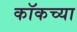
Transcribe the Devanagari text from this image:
कॉकच्या